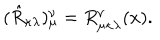
( \hat { R } _ { \kappa \lambda } ) _ { \mu } ^ { \nu } = R _ { \mu \kappa \lambda } ^ { \nu } ( x ) .